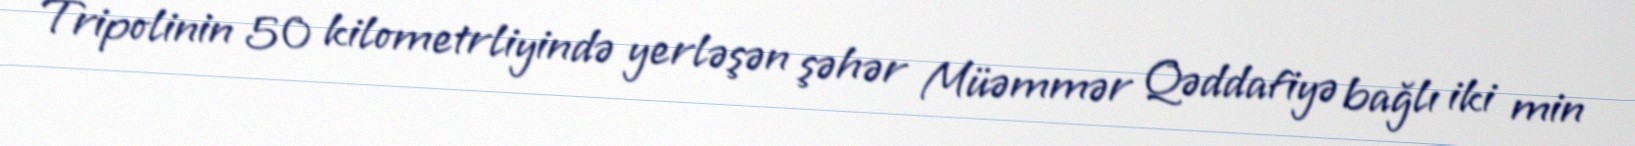
Tripolinin 50 kilometrliyində yerləşən şəhər Müəmmər Qəddafiyə bağlı iki min